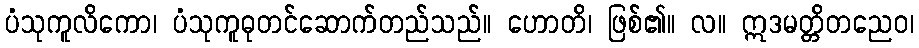
ပံသုကူလိကော၊ ပံသုကူဓုတင်ဆောက်တည်သည်။ ဟောတိ၊ ဖြစ်၏။ လ။ ဣဒမတ္တိတညေဝ၊